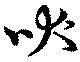
吠